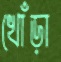
খোঁড়া